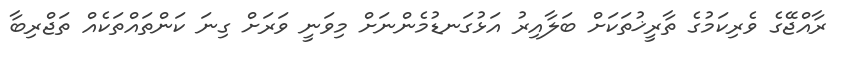
ރާއްޖޭގެ ވެރިކަމުގެ ތާރީޚުތަކަށް ބަލާއިރު އަޅުގަނޑުމެންނަށް މިވަނީ ވަރަށް ގިނަ ކަންތައްތަކެއް ތަޖްރިބާ